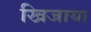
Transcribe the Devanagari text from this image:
खिजाया